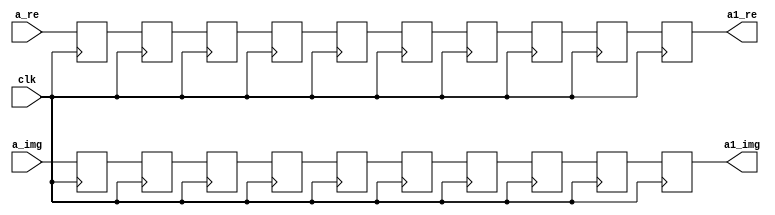
`timescale 1ns / 1ps
//////////////////////////////////////////////////////////////////////////////////
// Company: 
// Engineer: 
// 
// Design Name: 
// Module Name:    buf_20 
// Project Name: 
// Target Devices: 
// Tool versions: 
// Description: 
//
// Dependencies: 
//
// Revision: 
// Revision 0.01 - File Created
// Additional Comments: 
//
//////////////////////////////////////////////////////////////////////////////////
module buf_10(
    input [31:0] a_re,
    input [31:0] a_img,
    input clk,
    output reg [31:0] a1_re,
    output reg [31:0] a1_img
    );

reg [31:0] n0 [0:8];
reg [31:0] n1 [0:8];
always @(posedge clk) begin
n0[0]<=a_re;
n0[1]<=n0[0];
n0[2]<=n0[1];
n0[3]<=n0[2];
n0[4]<=n0[3];
n0[5]<=n0[4];
n0[6]<=n0[5];
n0[7]<=n0[6];
n0[8]<=n0[7];
a1_re<=n0[8];

n1[0]<=a_img;
n1[1]<=n1[0];
n1[2]<=n1[1];
n1[3]<=n1[2];
n1[4]<=n1[3];
n1[5]<=n1[4];
n1[6]<=n1[5];
n1[7]<=n1[6];
n1[8]<=n1[7];
a1_img<=n1[8];
end
endmodule